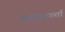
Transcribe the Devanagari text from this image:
उपचारकर्ता